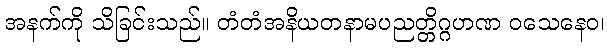
အနက်ကို သိခြင်းသည်။ တံတံအနိယတနာမပညတ္တိဂ္ဂဟဏ ဝသေနေဝ၊